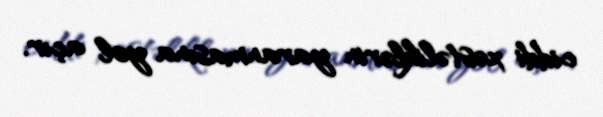
ciddi xəstəliklərin yaranmasına yol açır.